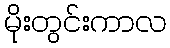
မိုးတွင်းကာလ